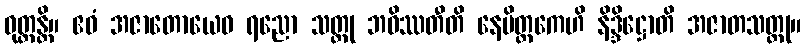
ဝုတ္တန္တိ။ ဧဝံ အဇာတောယေဝ ရညော သတ္တု ဘဝိဿတီတိ နေမိတ္တကေဟိ နိဒ္ဒိဋ္ဌောတိ အဇာတသတ္တု။